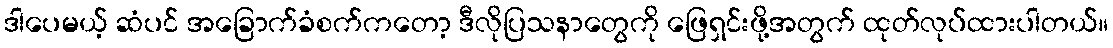
ဒါပေမယ့် ဆံပင် အခြောက်ခံစက်ကတော့ ဒီလိုပြသနာတွေကို ဖြေရှင်းဖို့အတွက် ထုတ်လုပ်ထားပါတယ်။